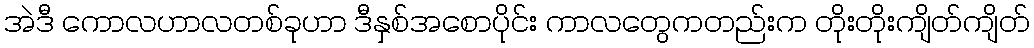
အဲဒီ ကောလဟာလတစ်ခုဟာ ဒီနှစ်အစောပိုင်း ကာလတွေကတည်းက တိုးတိုးကျိတ်ကျိတ်